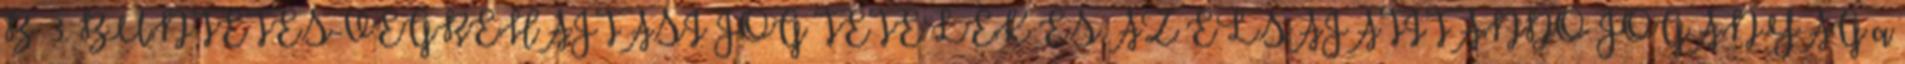
B 3. BÜNTETÉS-VÉGREHAJTÁSI JOG TÉTELEK ÉS AZ ELSAJÁTÍTANDÓ JOGANYAG a